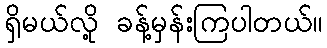
ရှိမယ်လို့ ခန့်မှန်းကြပါတယ်။